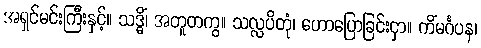
အရှင်မင်းကြီးနှင့်။ သဒ္ဓိံ၊ အတူတကွ။ သလ္လပိတုံ၊ ဟောပြောခြင်းငှာ။ ကိံမင်္ဂပန၊